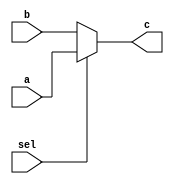
`timescale 1ns / 1ps
//////////////////////////////////////////////////////////////////////////////////
// Company: 
// Engineer: 
// 
// Design Name: 
// Module Name:    mux32_2_3 
// Project Name: 
// Target Devices: 
// Tool versions: 
// Description: 
//
// Dependencies: 
//
// Revision: 
// Revision 0.01 - File Created
// Additional Comments: 
//
//////////////////////////////////////////////////////////////////////////////////
module mux32_2_3(
    input [4:0] a,
    input [4:0] b,
    input sel,
    output [4:0] c
    );
	 assign c = (sel)?a:b;
    


endmodule